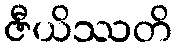
ဇီယိဿတိ